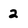
Character: 2